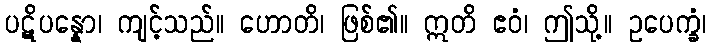
ပဋိပန္နော၊ ကျင့်သည်။ ဟောတိ၊ ဖြစ်၏။ ဣတိ ဧဝံ၊ ဤသို့။ ဥပေက္ခံ၊